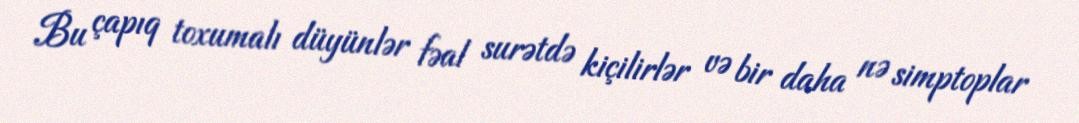
Bu çapıq toxumalı düyünlər fəal surətdə kiçilirlər və bir daha nə simptoplar